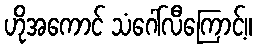
ဟိုအကောင် သံဂေါ်လီကြောင့်။